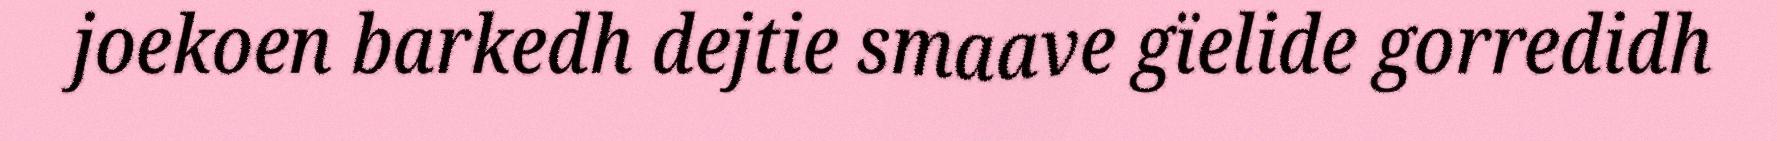
joekoen barkedh dejtie smaave gïelide gorredidh